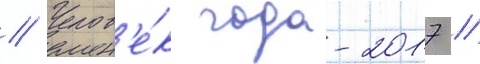
// Челов'е́к года-2017 //